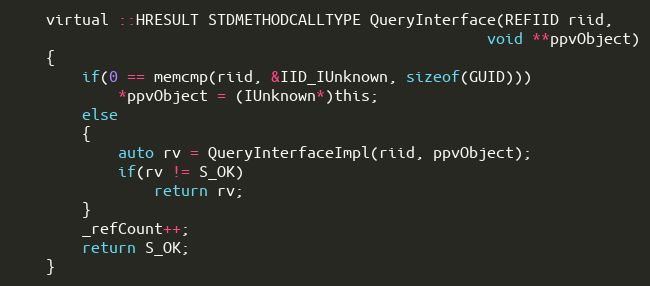
Language: C
    virtual ::HRESULT STDMETHODCALLTYPE QueryInterface(REFIID riid,
                                                     void **ppvObject)
    {
        if(0 == memcmp(riid, &IID_IUnknown, sizeof(GUID)))
            *ppvObject = (IUnknown*)this;
        else
        {
            auto rv = QueryInterfaceImpl(riid, ppvObject);
            if(rv != S_OK)
                return rv;
        }
        _refCount++;
        return S_OK;
    }